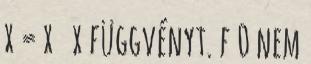
x = x x függvényt. f 0 nem